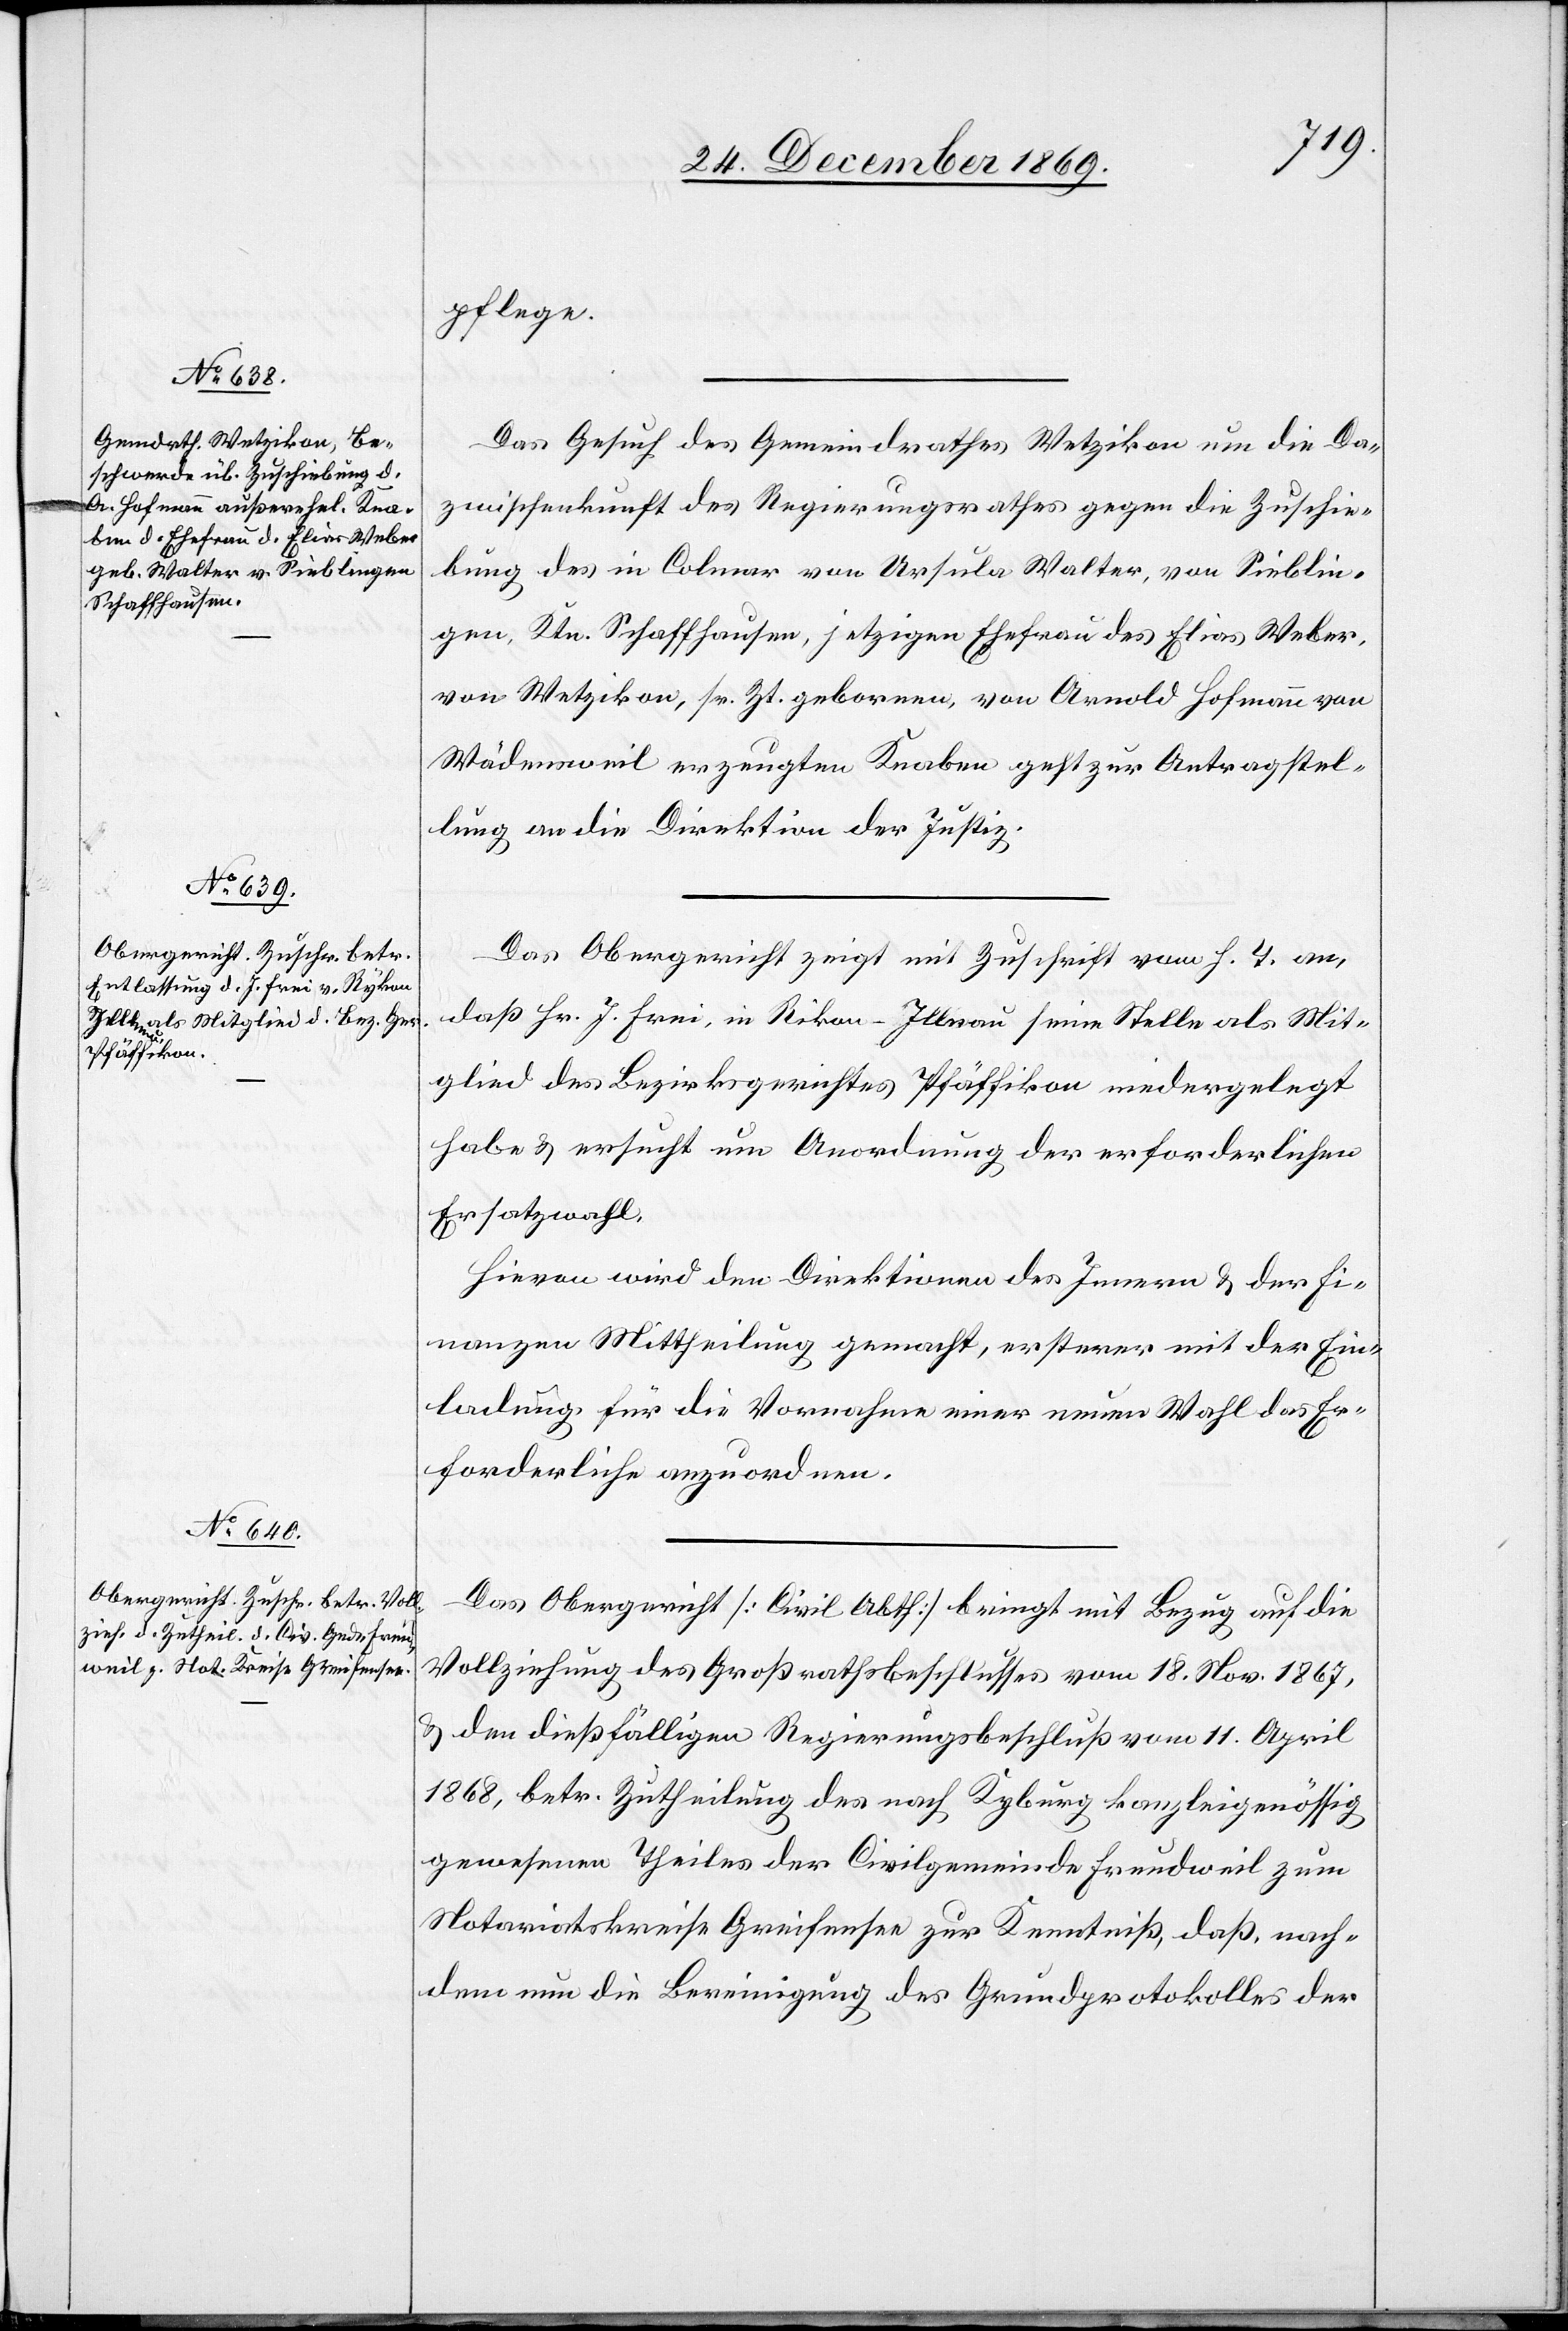
30. December 1869.]
pflege.
Das Gesuch des Gemeindrathes Wetzikon um die Da¬
zwischenkunft des Regierungsrathes gegen die Zuschie¬
bung des in Colmar von Ursula Walter, von Sieblin¬
gen, Ktn. Schaffhausen, jetzigen Ehefrau des Elias Weber,
von Wetzikon, sr. Zt. gebornen, von Arnold Hofmann von
Wädensweil erzeugten Knaben geht zur Antragstel¬
lung an die Direktion der Justiz.
Das Obergericht zeigt mit Zuschrift vom h. T. an,
daß Hr. J. Frei, in Rikon - Illnau seine Stelle als Mit¬
glied des Bezirksgerichtes Pfäffikon niedergelegt
habe & ersucht um Anordnung der erforderlichen
Ersatzwahl.
Hievon wird den Direktionen des Innern & der Fi¬
nanzen Mittheilung gemacht, ersterer mit der Ein¬
ladung für die Vornahme einer neuen Wahl das Er¬
forderliche anzuordnen.
Das Obergericht [Civil Abth.] bringt mit Bezug auf die
Vollziehung des Großrathsbeschlusses vom 18. Nov. 1867,
& den dießfälligen Regierungsbeschluß vom 11. April
1868, betr. Zutheilung des nach Kyburg kanzleigenössig
gewesenen Theiles der Civilgemeinde Freudweil zum
Notariatskreise Greifensee zur Kenntniß, daß, nach¬
dem nun die Bereinigung des Grundprotokolles der